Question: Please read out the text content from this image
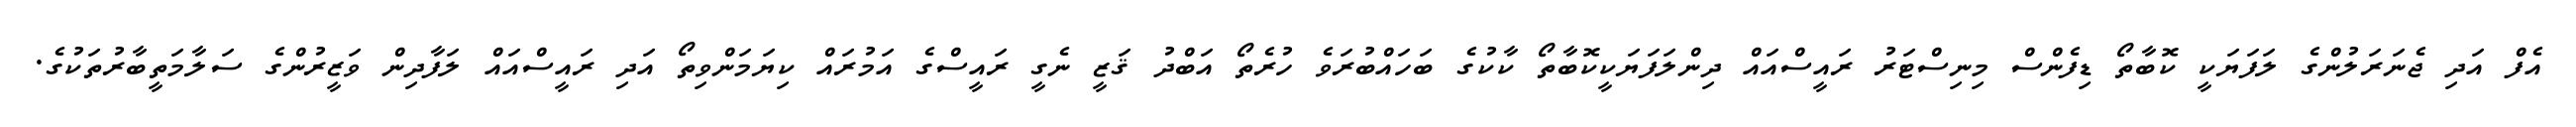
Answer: އެފް އަދި ޖެނަރަލުންގެ ލަފަޔަކީ ކޮބާތޯ ޑިފެންސް މިނިސްޓަރު ރައީސްއައް ދިންލަފަޔަކީކޮބާތޯ ކާކުގެ ބަހައްބުރަވެ ހުރެތޯ އަބްދު ޤަޒީ ނެގީ ރައީސްގެ އަމުރައް ކިޔަމަންވިތޯ އަދި ރައީސްއައް ލަފާދިން ވަޒީރުންގެ ސަލާމަތީބާރުތަކުގެ.